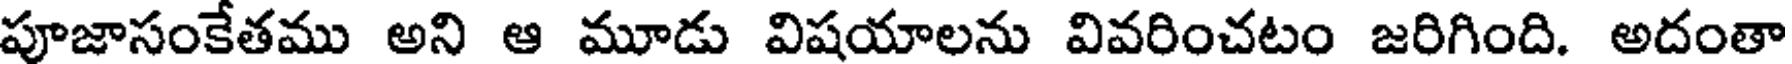
పూజాసంకేతము అని ఆ మూడు విషయాలను వివరించటం జరిగింది. అదంతా